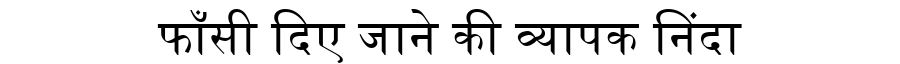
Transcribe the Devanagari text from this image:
फाँसी दिए जाने की व्यापक निंदा